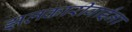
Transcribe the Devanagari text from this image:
झलकारीबाईंना